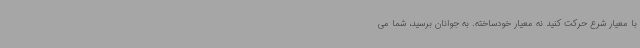
با معیار شرع حرکت کنید نه معیار خودساخته. به جوانان برسید، شما می